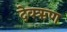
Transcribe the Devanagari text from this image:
देवऋण